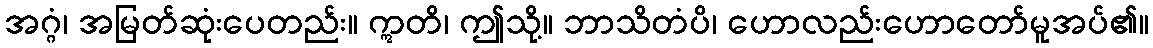
အဂ္ဂံ၊ အမြတ်ဆုံးပေတည်း။ ဣတိ၊ ဤသို့။ ဘာသိတံပိ၊ ဟောလည်းဟောတော်မူအပ်၏။